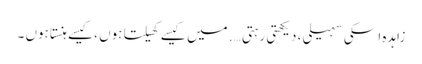
زاہدہ ا سکی سہیلی ، دیکھتی رہتی …. میں کیسے کھیلتا ہوں ،کیسے ہنستا ہوں ۔